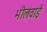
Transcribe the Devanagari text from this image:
भीलवाई